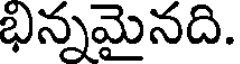
భిన్నమైనది.